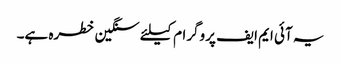
یہ آئی ایم ایف پروگرام کیلئے سنگین خطرہ ہے۔